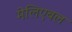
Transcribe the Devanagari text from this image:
मेलिएबल